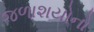
જળાશયોનો